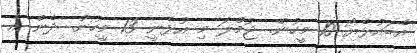
އެބައުޅެޔޯ 10 މީހުން. ޖުމްލަ މި އުޅެނީ 13 މީހުން. ދެން އެ